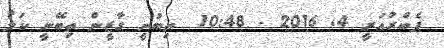
ފެބްރުއަރީ 4